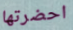
احضرتها